Account of plague administration in the Bombay Presidency from September 1896 till May 1897
Year: 1896
Disease focus: Plague
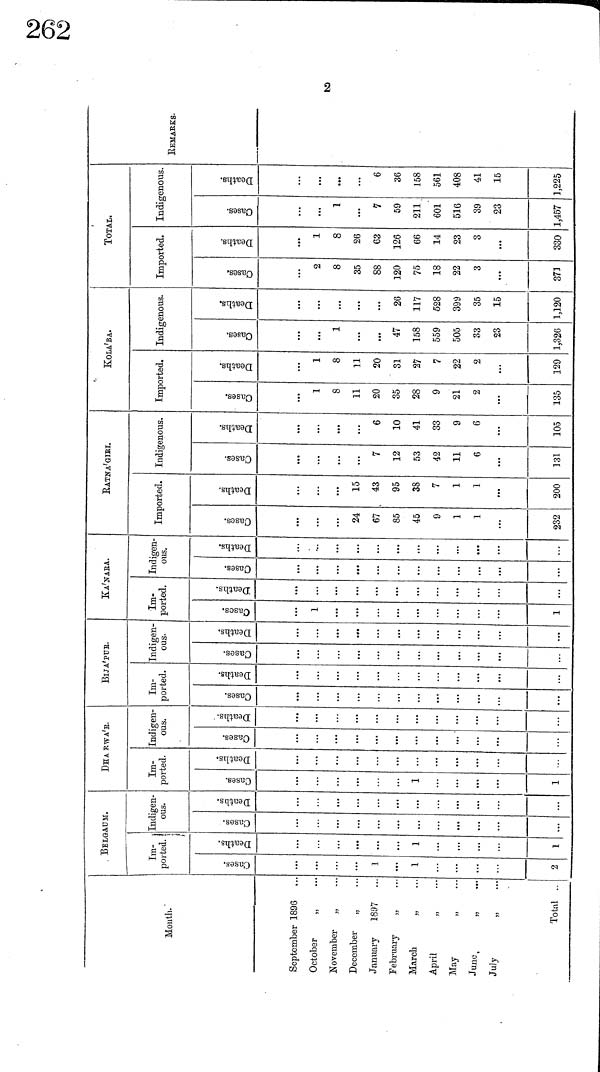
Month.
September 1896
October
„
November
„
December
„
January 1897
February
„
March
„
April
May
June
„
July
„
Total ..
BELGAUM.
Im-
ported.
...
1
1
...
2
1
1
Indigen-
ous.
...
...
...
...
DHARWA'B.
Im-
ported.
1
1
Indigen-
ous.
BIJA'PUE.
Im-
ported.
Indigen-
ous.
KA'NARA.
Im-
ported.
1
1 ...
Indigen-
ous.
...
RATNA'GIRI.
Imported.
24
67
85
45
9
1
1
232
15
43
95
38
7
1
1
200
Indigenous.
7
12
53
42
11
6
131
6
10
41
33
9
6
105
KOLA'BA.
Imported.
1
8
11
20
35
28
9
21
2
135
1
8
11
20
31
27
7
22
2
129
Indigenous.
1
47
158
559
505
33
23
1,326
26
117
528
399
35
15
1,120
TOTAL.
Imported.
2
8
35
88
120
75
18
22
3
373
1
8
26
63
126
66
14
23
o
330
Indigenous.
1
7
59
211
601
516
39
23
1,457
6
36
158
561
408
41
15
1,225
REMARKS.
2